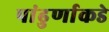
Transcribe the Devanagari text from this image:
पांढुर्णाकडे